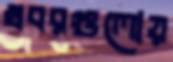
খবরগুলোয়